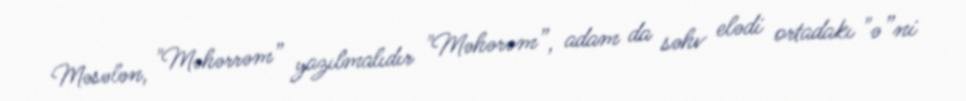
Məsələn, "Məhərrəm” yazılmalıdır "Məhərəm”, adam da səhv elədi ortadakı "ə”ni